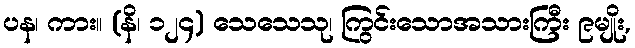
ပန၊ ကား။ (နိ၊ ၁၂၄) သေသေသု၊ ကြွင်းသောအသားကြီး ၉မျိုး,